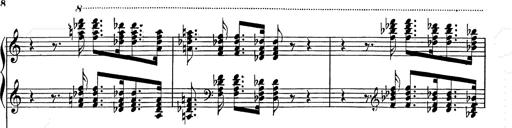
Title: Festvorspiel
Composer: Franz Liszt